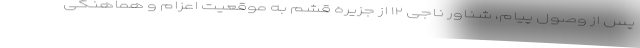
پس از وصول پیام، شناور ناجی ۱۲ از جزیره قشم به موقعیت اعزام ‌و هماهنگی